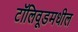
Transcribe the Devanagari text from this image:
टॉलिवूडमधील